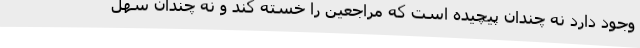
وجود دارد نه چندان پیچیده است که مراجعین را خسته کند و نه چندان سهل